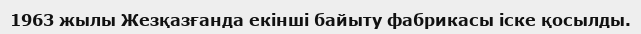
1963 жылы Жезқазғанда екінші байыту фабрикасы іске қосылды.